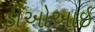
ડીઓઆઇ